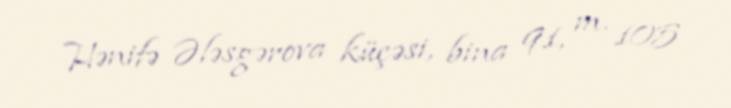
Hənifə Ələsgərova küçəsi, bina 91, m. 105